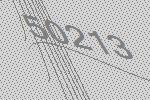
50213